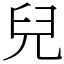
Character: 兒